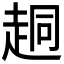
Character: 𫎴